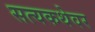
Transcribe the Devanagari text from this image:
सत्यकथेवर